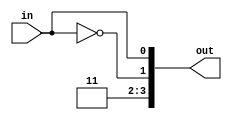
module Decoder(input in, output [3:0]out);
assign out[0]= ~(~in);
assign out[1]= ~(in);
assign out[2]= 1;
assign out[3]= 1;
endmodule